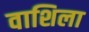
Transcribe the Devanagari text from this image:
वाशिला